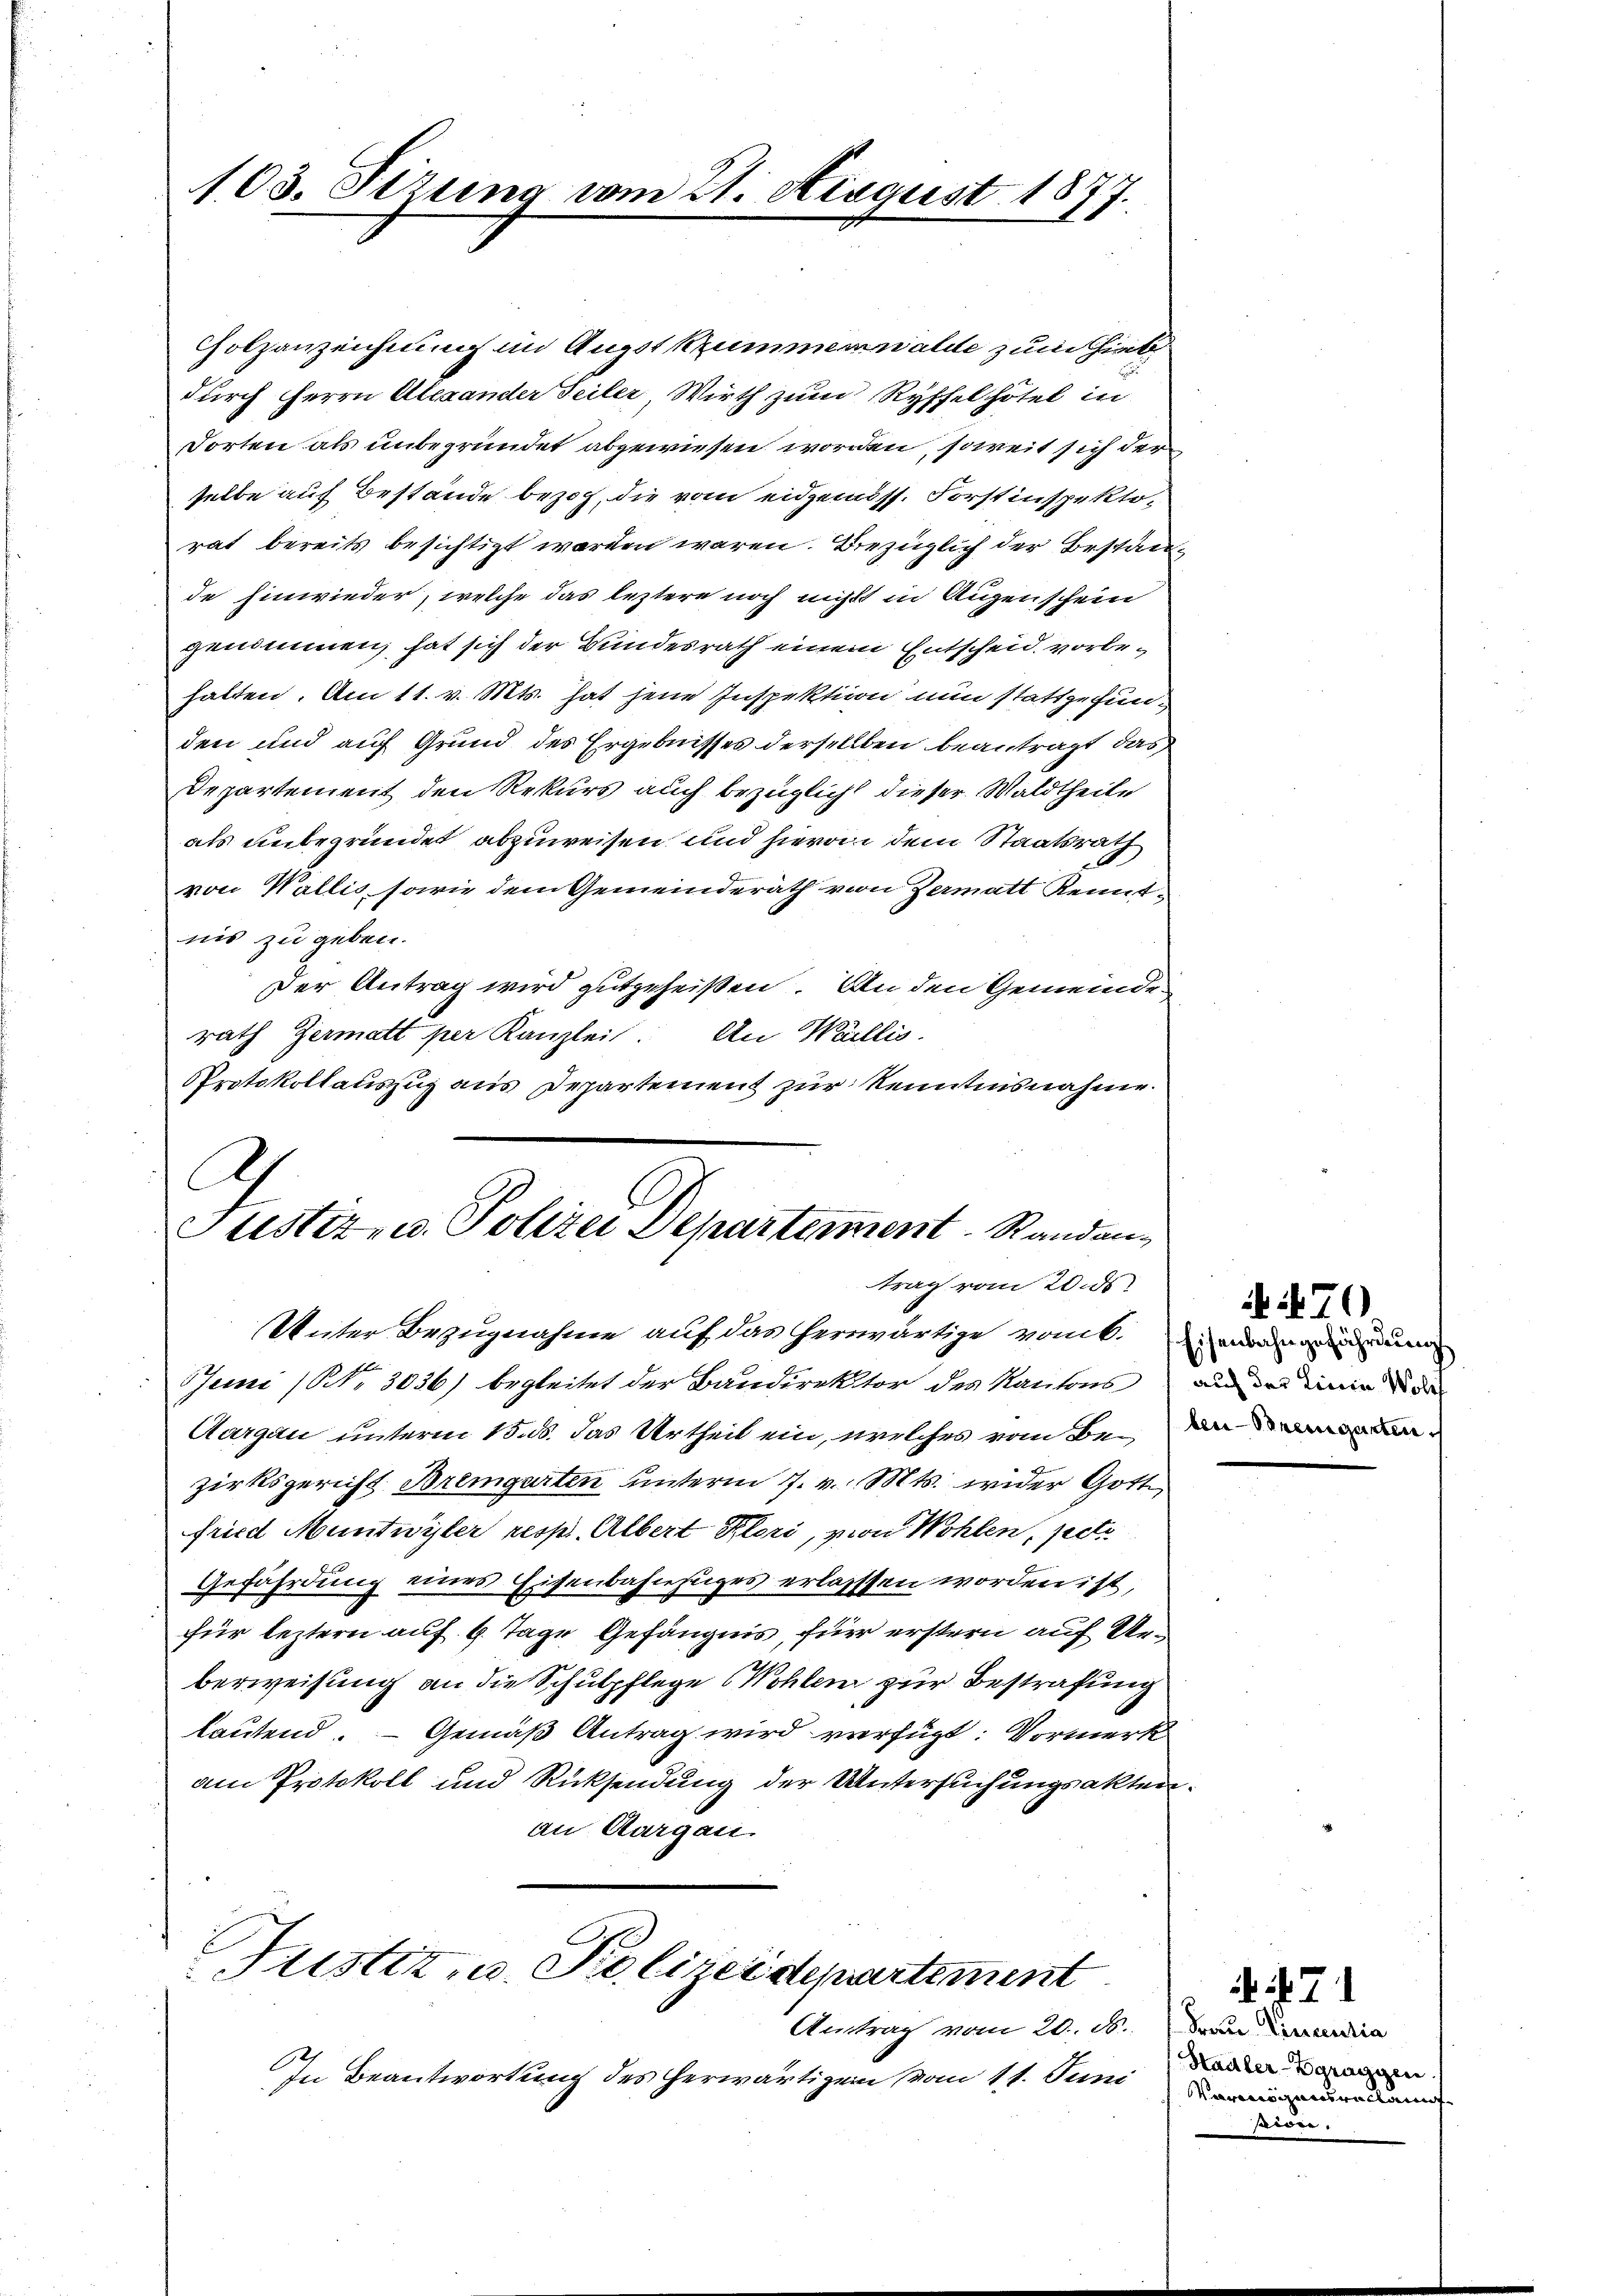
103. Sizung vom 21. August 1877.

Holzanzeichnung im Augstkzummenwalde zum hieb
durch Herrn Alexander Teiler, Wirth zum Ryffel hotel in
Torten als unbegründet abgewiesen worden, soweit sich der
selbe auf Bestände bezoh, die vom eidgenoss. Forstinspektorat bereits besichtigt werden wären. Bezüglich der Bestande Einwieder, welche das leztere noch nicht in Augenschein
genommen, hat sich der Bundesrath einem Entscheid vorbehalten. Am 11. v. Mts. hat jene Inspektion nun stattgefunden und auf Grund des Ergebnisses derselben beantragt, das
Departement den Rekurs auch bezüglicht dieser Waldtheile
als unbegründet abzuweisen und hievon dem Staatsrath
von Wallis, sowie dem Gemeinderath von Zermatt Kenntnis zu geben.
Der Antrag wird gutgeheißen. An den Gemeinde
rath Germatt per Kanzlei. An Wallis.
Protokollauszug aus Departement zur Kenntnisnahme

A
.
Justiz- u. Polizei Departement Randan
trag vom 20. ds
Unter Bezugnahme auf das herrwärtige vom k. Diensangung

Peini (Nr. 3036) begleitet der Baudirektor des Kantons an in de
Aargau unterm 15. ds. das Urtheil ein, welches vom Bei an
zirksgericht Bremgarten unterm 7. v. Mts. wider Gott,
fried Muntwyler resp. Albert Kleri, von Wohlen, pecto
Gefährdung eines Eisenbahnzuges erlassen worden ist,
für leztern auf 6. Tage Gefängnis, für erstern auf Urberweisung an die Schulpflege Wohlen zur Bestrafung
lautend. - Gemäß Antrag wird verfügt: Vormerk
am Protokoll und Rücksendung der Untersuchungsakten.
an Aargau.

Justiz- u. Polizeidepartement
Antrag vom 20. ds.

In Beantwortung des herwärtigen vom 11. Juni

70

47
Frau Vincentia
Stadler-Zgraggen
Vermögensverkauf
si